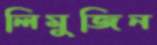
লিমুজিন